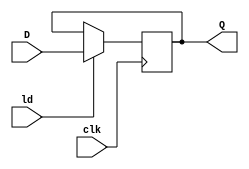
module dflipflop_4(output reg [3:0] Q, input [3:0] D, input clk, ld);
    always @(posedge clk)
        if(ld)
            Q <= D;
endmodule